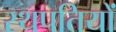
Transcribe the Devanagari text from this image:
स्थपतियों